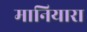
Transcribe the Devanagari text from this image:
मानियारा